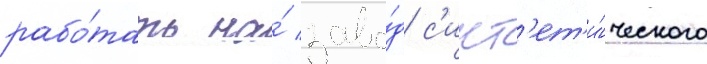
рабо́тать на́ заво́д с'инт'ет'и́ческого